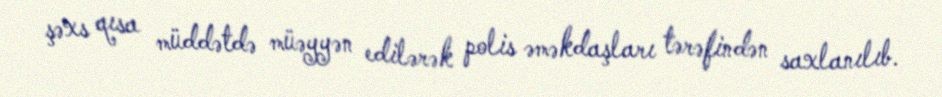
şəxs qısa müddətdə müəyyən edilərək polis əməkdaşları tərəfindən saxlanılıb.